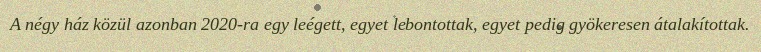
A négy ház közül azonban 2020-ra egy leégett, egyet lebontottak, egyet pedig gyökeresen átalakítottak.